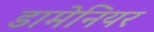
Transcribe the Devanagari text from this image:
डामेनियर